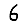
Digit: 6